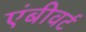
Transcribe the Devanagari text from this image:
एंबीवर्ट